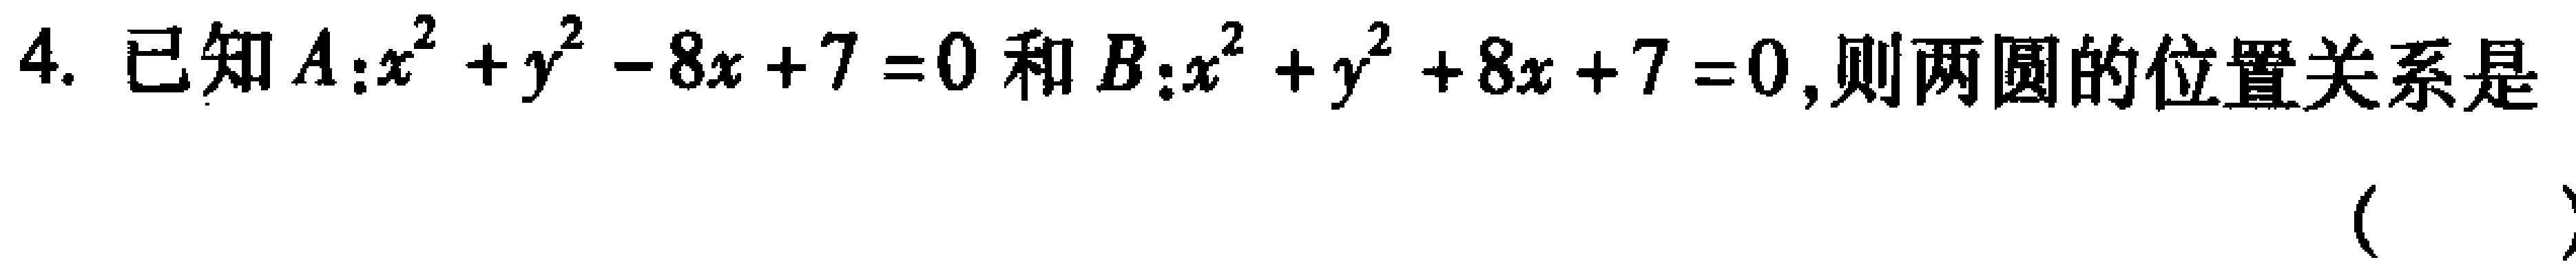
4. 已知$A:x^{2}+y^{2}-8x + 7 = 0$和$B:x^{2}+y^{2}+8x + 7 = 0$,则两圆的位置关系是（  ）